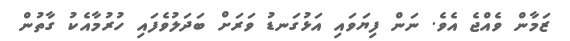
ޒަމާން ވެއްޖެ އެވެ. ނަން ފިޔަވައި އަޅުގަނޑު ވަރަށް ބަދަލުވެފައި ހުރުމާއެކު ގާތުން